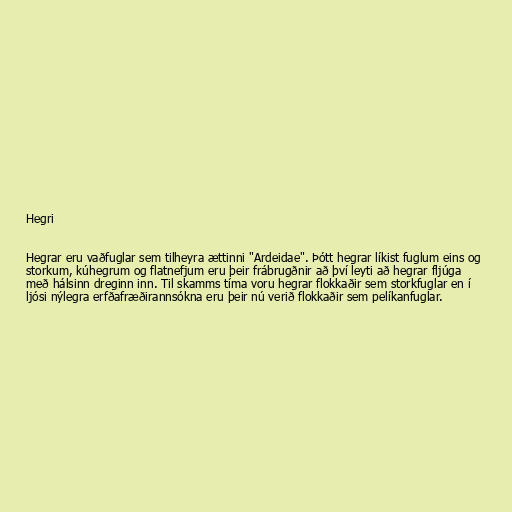
Hegri

Hegrar eru vaðfuglar sem tilheyra ættinni "Ardeidae". Þótt hegrar líkist fuglum eins og
storkum, kúhegrum og flatnefjum eru þeir frábrugðnir að því leyti að hegrar fljúga
með hálsinn dreginn inn. Til skamms tíma voru hegrar flokkaðir sem storkfuglar en í
ljósi nýlegra erfðafræðirannsókna eru þeir nú verið flokkaðir sem pelíkanfuglar.